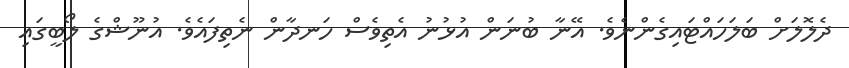
ދެލޮލަށް ބަލަހައްޓައިގެންނެވެ. އޭނާ ބުނަން އުޅުނު އެތިވެސް ހަނދާން ނެތިފައެވެ. އުނޫޝްގެ ލޯބީގައި